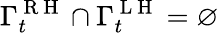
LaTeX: \Gamma_{t}^{\mathrm{~R~H~}}\cap\Gamma_{t}^{\mathrm{~L~H~}}=\varnothing